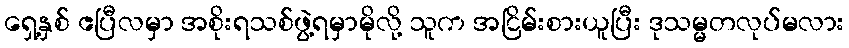
ရှေ့နှစ် ဧပြီလမှာ အစိုးရသစ်ဖွဲ့ရမှာမိုလို့ သူက အငြိမ်းစားယူပြီး ဒုသမ္မတလုပ်မလား